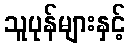
သူပုန်များနှင့်